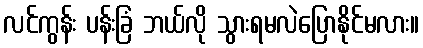
လင်ကွန်း ပန်းခြံ ဘယ်လို သွားရမလဲပြောနိုင်မလား။